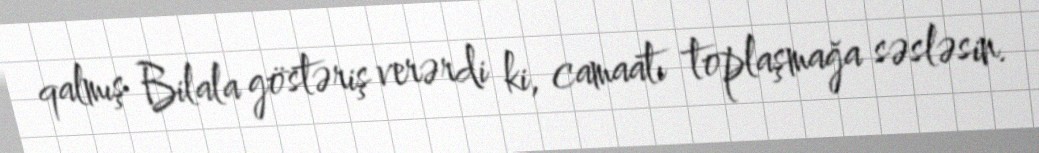
qalmış Bilala göstəriş verərdi ki, camaatı toplaşmağa səsləsin.